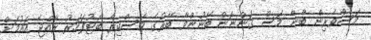
މަސްވެރިން ބާނާ މަސް ގަންނަން ބޭނުންވާ ބޭރުގެ މަސްކިރާ ބޯޓުފަހަރު ރާއްޖެ އައުމަށް